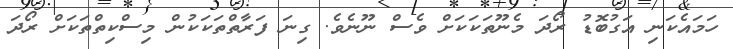
ހަމައެކަނި އަގުބޮޑު ރޯދަ މެނޫތަކަކަށް ވެސް ނޫނެވެ. ގިނަ ފަރާތްތަކަކުން މިސްކިތްތަކަށް ރޯދަ